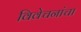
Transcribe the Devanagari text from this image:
विवेचनांचा